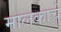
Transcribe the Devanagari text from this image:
मालकाचे